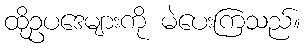
ထိုဥပဒေများကို မဲပေးကြသည်။